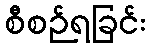
စီစဉ်ရခြင်း